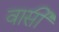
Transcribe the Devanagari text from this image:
वार्सी